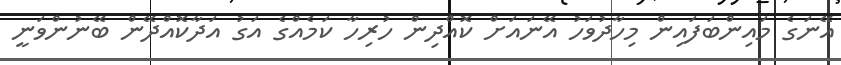
އޭނަގެ މައިންބަފައިން މިހާދުވަހު އޭނައަށް ކޮއްދިން ހުރިހާ ކަމެއްގެ އަގު އަދާކޮއްދޭން ބޭނުންވަނީ